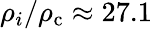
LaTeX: \rho_{i}/\rho_{\mathrm{c}}\approx 27.1